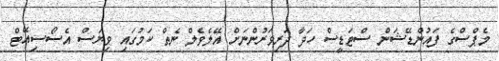
މެޕްސްގެ ފައުންޑޭޝަން ސްޓަޑީސް ހަދާ ދަރިވަރުންނަށް އޭލެވެލް ނެތް ކަމުގައި ވިޔަސް އެސޯސިއޭޓް